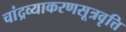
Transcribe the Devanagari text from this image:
चांद्रव्याकरणसूत्रवृत्ति